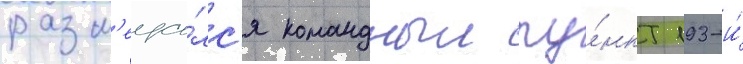
разм'еща́лс'я командныи пу́нкт 193-и́